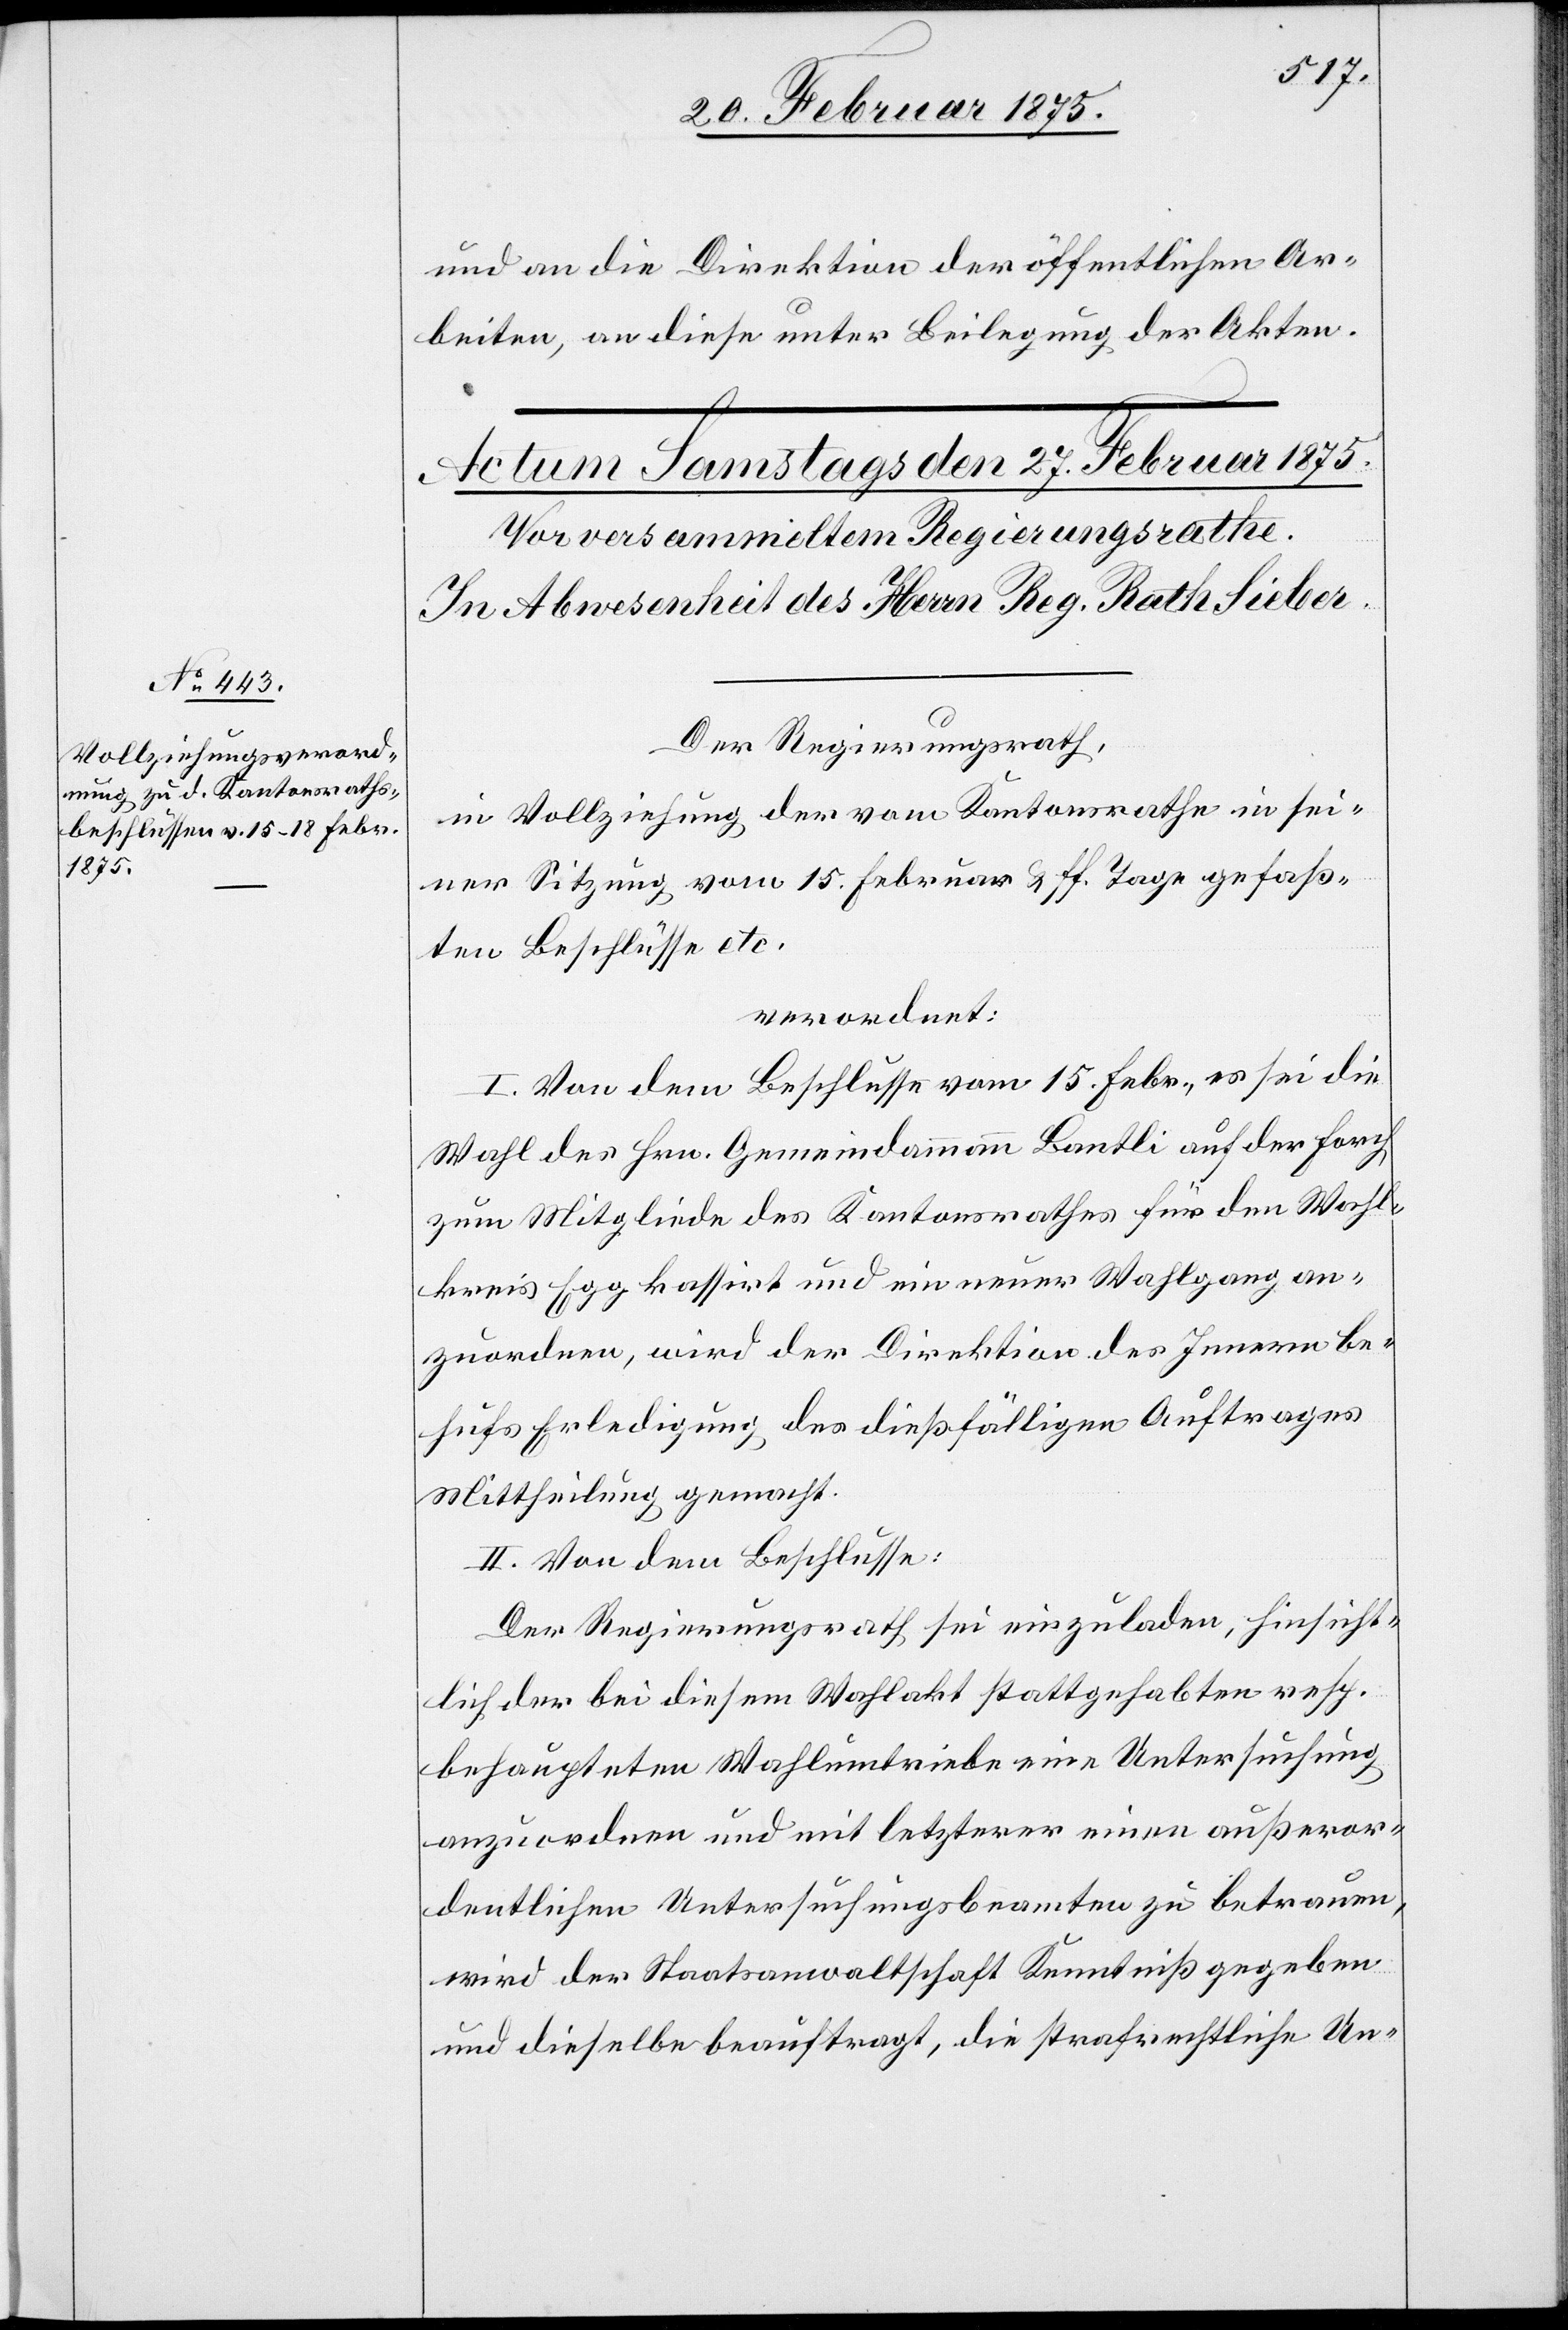
und an die Direktion der öffentlichen Ar¬
beiten, an diese unter Beilegung der Akten.
Der Regierungsrath,
in Vollziehung der vom Kantonsrathe in sei¬
ner Sitzung vom 15. Februar u. ff. Tage gefaß¬
ten Beschlüsse etc.
verordnet:
I. Von dem Beschlusse vom 15. Febr., es sei die
Wahl des Hrn. Gemeindammann Bantli auf der Forch
zum Mitgliede des Kantonsrathes für den Wahl¬
kreis Egg kassirt und ein neuer Wahlgang an¬
zuordnen, wird der Direktion des Innern be¬
hufs Erledigung des dießfälligen Auftrages
Mittheilung gemacht.
II. Von dem Beschlusse:
Der Regierungsrath sei einzuladen, hinsicht¬
lich der bei diesem Wahlakt stattgehabten resp.
behaupteten Wahlumtriebe eine Untersuchung
anzuordnen und mit letzterer einen außeror¬
dentlichen Untersuchungsbeamten zu betrauen,
wird der Staatsanwaltschaft Kenntniß gegeben
und dieselbe beauftragt, die strafrechtliche Un-